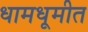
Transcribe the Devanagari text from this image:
धामधूमीत